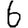
Digit: 6